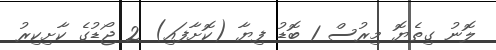
ލޮނު ގިތެޔޮ މިރުސް 1 ބޮޑު ފިޔާ (ކޮށާފައި) 2 ޖޯޑުގެ ކާށިކިރު